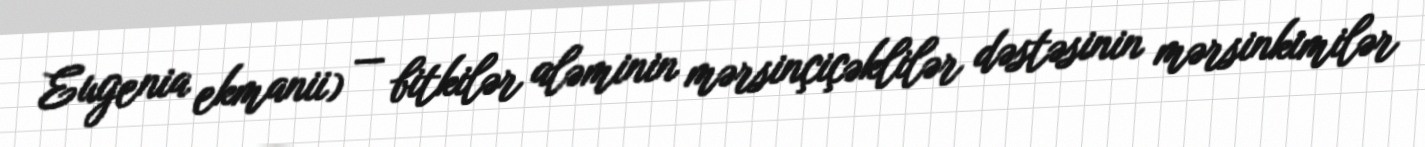
Eugenia ekmanii) — bitkilər aləminin mərsinçiçəklilər dəstəsinin mərsinkimilər